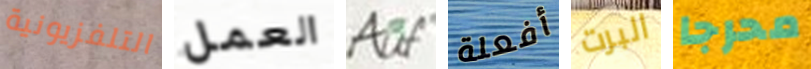
التلفزيونية العمل Auf أفعلة البرت محرجا